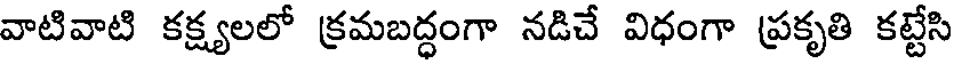
వాటివాటి కక్ష్యలలో క్రమబద్ధంగా నడిచే విధంగా ప్రకృతి కట్టేసి